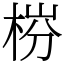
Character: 梤